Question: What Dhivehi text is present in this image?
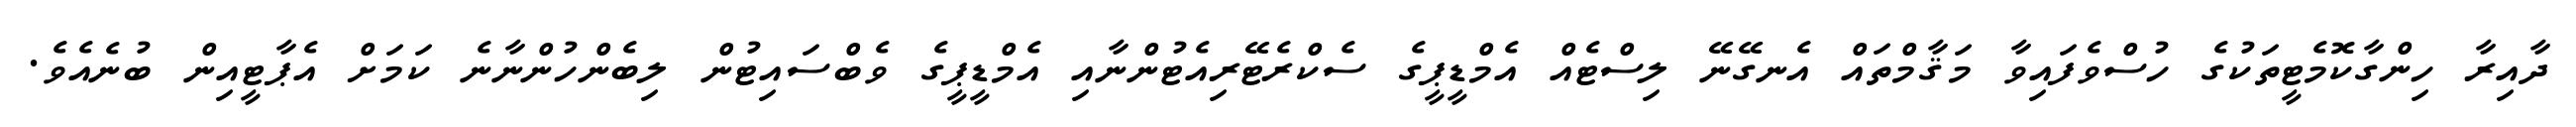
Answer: ދާއިރާ ހިންގާކޮމެޓީތަކުގެ ހުސްވެފައިވާ މަޤާމްތައް އެނގޭނޭ ލިސްޓެއް އެމްޑީޕީގެ ސެކްރެޓޭރިއެޓުންނާއި އެމްޑީޕީގެ ވެބްސައިޓުން ލިބެންހުންނާނެ ކަމަށް އެޕާޓީއިން ބުނެއެވެ.